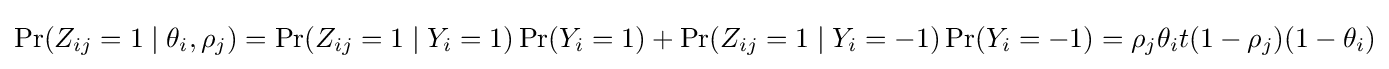
\Pr(Z_{ij}=1\mid \theta _{i},\rho _{j})=\Pr(Z_{ij}=1\mid Y_{i}=1)\Pr(Y_{i}=1)+\Pr(Z_{ij}=1\mid Y_{i}=-1)\Pr(Y_{i}=-1)=\rho _{j}\theta _{i}t(1-\rho _{j})(1-\theta _{i})